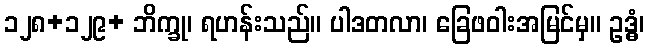
၁၂၈+၁၂၉+ ဘိက္ခု၊ ရဟန်းသည်။ ပါဒတလာ၊ ခြေဖဝါးအမြင်မှ။ ဥဒ္ဓံ၊